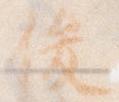
俊